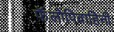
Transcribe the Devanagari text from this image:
फॅलोपिवाहिनी